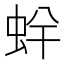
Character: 䖫